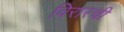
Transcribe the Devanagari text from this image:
विरारची